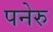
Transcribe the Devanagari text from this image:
पनेरु